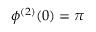
\phi ^ { ( 2 ) } ( 0 ) = \pi